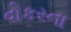
વોકરના